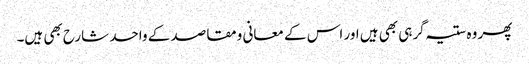
پھر وہ ستیہ گرہی بھی ہیں اور اس کے معانی ومقاصد کے واحد شارح بھی ہیں۔